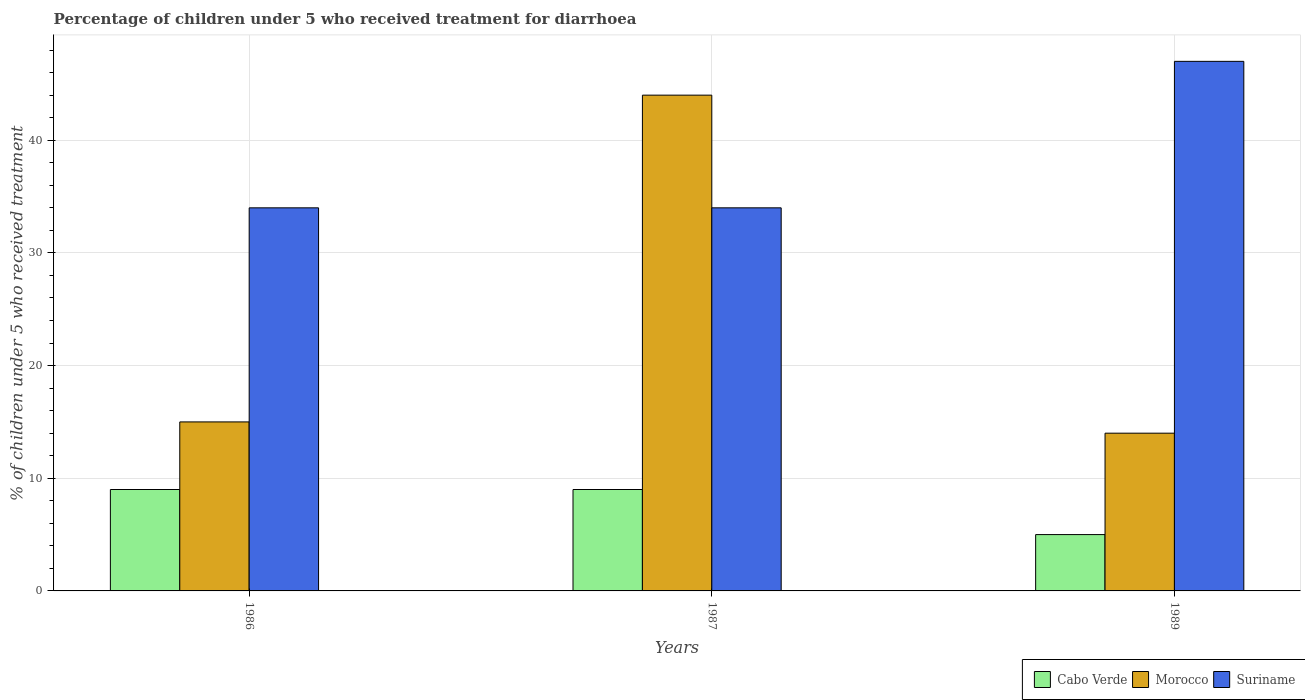
| Years | Cabo Verde | Morocco | Suriname |
 | --- | --- | --- | --- |
 | 1986 | 9 | 15 | 34 |
 | 1987 | 9 | 44 | 34 |
 | 1989 | 5 | 14 | 47 |